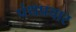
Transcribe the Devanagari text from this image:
पंथप्रचार